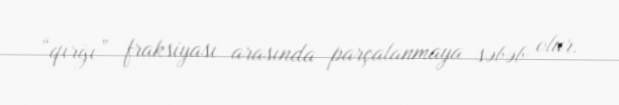
“qırğı” fraksiyası arasında parçalanmaya səbəb olur.